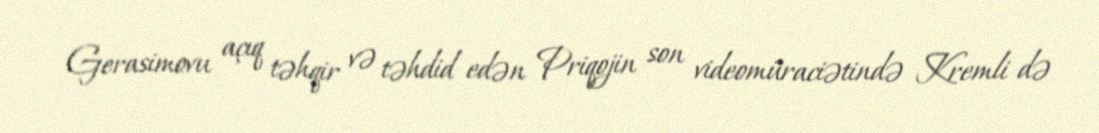
Gerasimovu açıq təhqir və təhdid edən Priqojin son videomüraciətində Kremli də